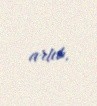
artıb.